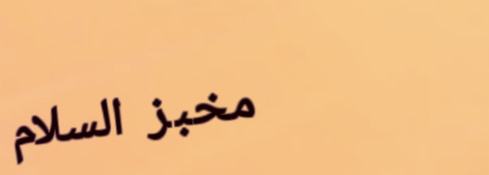
مخبز السلام